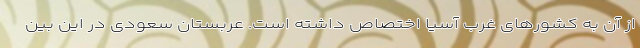
از آن به کشورهای غرب آسیا اختصاص داشته است. عربستان سعودی در این بین